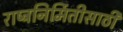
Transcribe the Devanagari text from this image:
राष्ट्रनिर्मितीसाठी